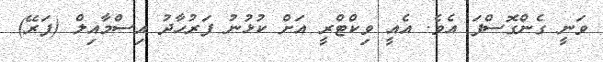
ވަނީ ގެންގޮސްފަ އެވެ. އެއީ ވިކްޓްރީ އަށް ކުޅުނު ފަރުހާދު އިސްމާއިލް (ފަރޭ)